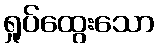
ရှုပ်ထွေးသော